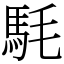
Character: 䭷